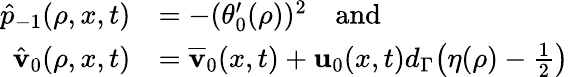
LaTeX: \begin{array}{rl}{\hat{p}_{-1}(\rho,x,t)}&{=-(\theta_{0}^{\prime}(\rho))^{2}\quad\mathrm{and}}\\ {\hat{\mathbf{v}}_{0}(\rho,x,t)}&{=\overline{{\mathbf{v}}}_{0}(x,t)+\mathbf{u}_{0}(x,t)d_{\Gamma}\big(\eta(\rho)-\frac{1}{2}\big)}\end{array}